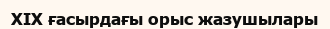
XIX ғасырдағы орыс жазушылары